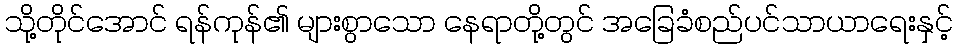
သို့တိုင်အောင် ရန်ကုန်၏ များစွာသော နေရာတို့တွင် အခြေခံစည်ပင်သာယာရေးနှင့်